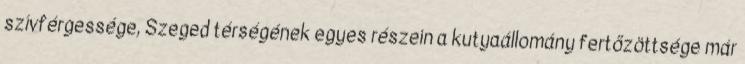
szívférgessége, Szeged térségének egyes részein a kutyaállomány fertőzöttsége már